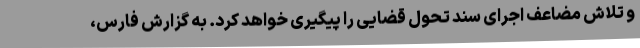
و تلاش مضاعف اجرای سند تحول قضایی را پیگیری خواهد کرد. به گزارش فارس،